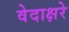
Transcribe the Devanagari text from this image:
वेदाक्षरे